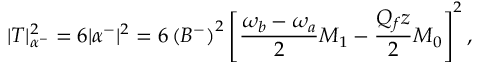
| T | _ { \alpha ^ { - } } ^ { 2 } = 6 | \alpha ^ { - } | ^ { 2 } = 6 \left( B ^ { - } \right) ^ { 2 } \left[ \frac { \omega _ { b } - \omega _ { a } } { 2 } { \cal M } _ { 1 } - \frac { Q _ { f } z } { 2 } { \cal M } _ { 0 } \right] ^ { 2 } ,